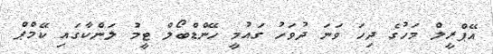
އޭޕްރީލް މަހުގެ ދިހަ ވަނަ ދުވަހު ގައުމީ ހޭންޑްބޯލް ޓީމު ލަންކާގައި ކޭމްޕް